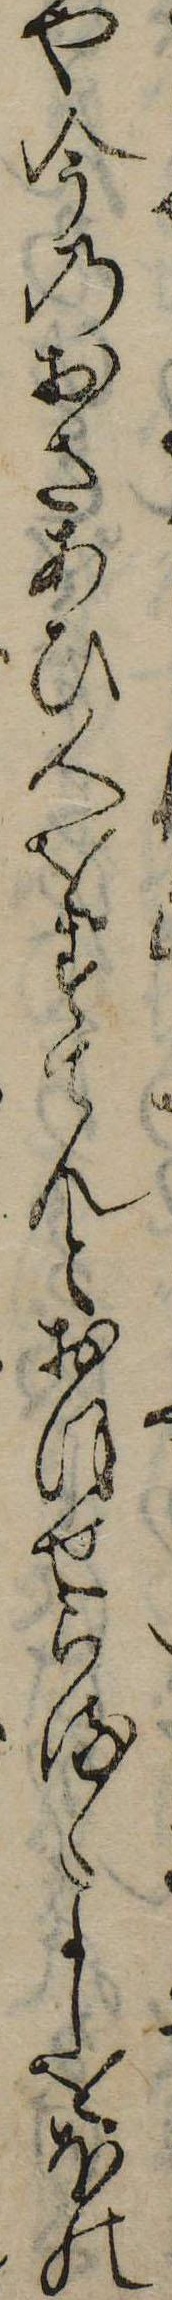
や今のおさあひ人をすてんとおほせらるゝよしをほの